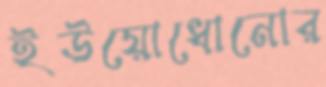
ইউয়োধোনোর